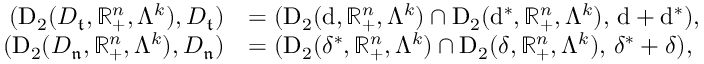
\begin{array} { r l } { ( \mathrm { D } _ { 2 } ( D _ { \mathfrak { t } } , \mathbb { R } _ { + } ^ { n } , \Lambda ^ { k } ) , D _ { \mathfrak { t } } ) } & { = ( \mathrm { D } _ { 2 } ( { \mathrm { d } } , \mathbb { R } _ { + } ^ { n } , \Lambda ^ { k } ) \cap \mathrm { D } _ { 2 } ( { \mathrm { d } ^ { \ast } } , \mathbb { R } _ { + } ^ { n } , \Lambda ^ { k } ) , \, \mathrm { d } + \mathrm { d } ^ { \ast } ) \mathrm { , ~ } } \\ { ( \mathrm { D } _ { 2 } ( D _ { \mathfrak { n } } , \mathbb { R } _ { + } ^ { n } , \Lambda ^ { k } ) , D _ { \mathfrak { n } } ) } & { = ( \mathrm { D } _ { 2 } ( { \delta ^ { \ast } } , \mathbb { R } _ { + } ^ { n } , \Lambda ^ { k } ) \cap \mathrm { D } _ { 2 } ( { \delta } , \mathbb { R } _ { + } ^ { n } , \Lambda ^ { k } ) , \, \delta ^ { \ast } + \delta ) \mathrm { , ~ } } \end{array}